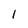
Character: l